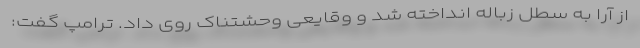
از آرا به سطل زباله انداخته شد و وقایعی وحشتناک روی داد. ترامپ گفت: